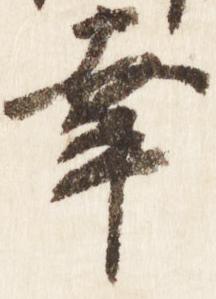
幸